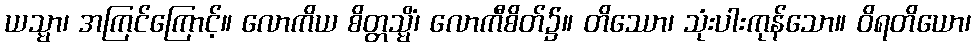
ယသ္မာ၊ အကြင်ကြောင့်။ လောကိယ စိတ္တသ္မိံ၊ လောကီစိတ်၌။ တိဿော၊ သုံးပါးကုန်သော။ ဝိရတိယော၊